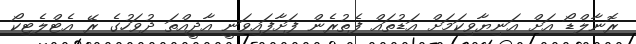
ރޮނާލްޑޯ އަށް އަނިޔާވިކަމަށް އަޑުތައް ފެތުރެން ފަށާފައިވަނީ އާދީއްތަ ދުވަހުގެ ރޭ އެޓްލެޓިކޯ